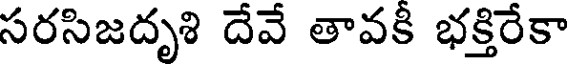
సరసిజదృశి దేవే తావకి భక్తిరేకా